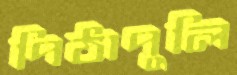
পিঠাপুলি